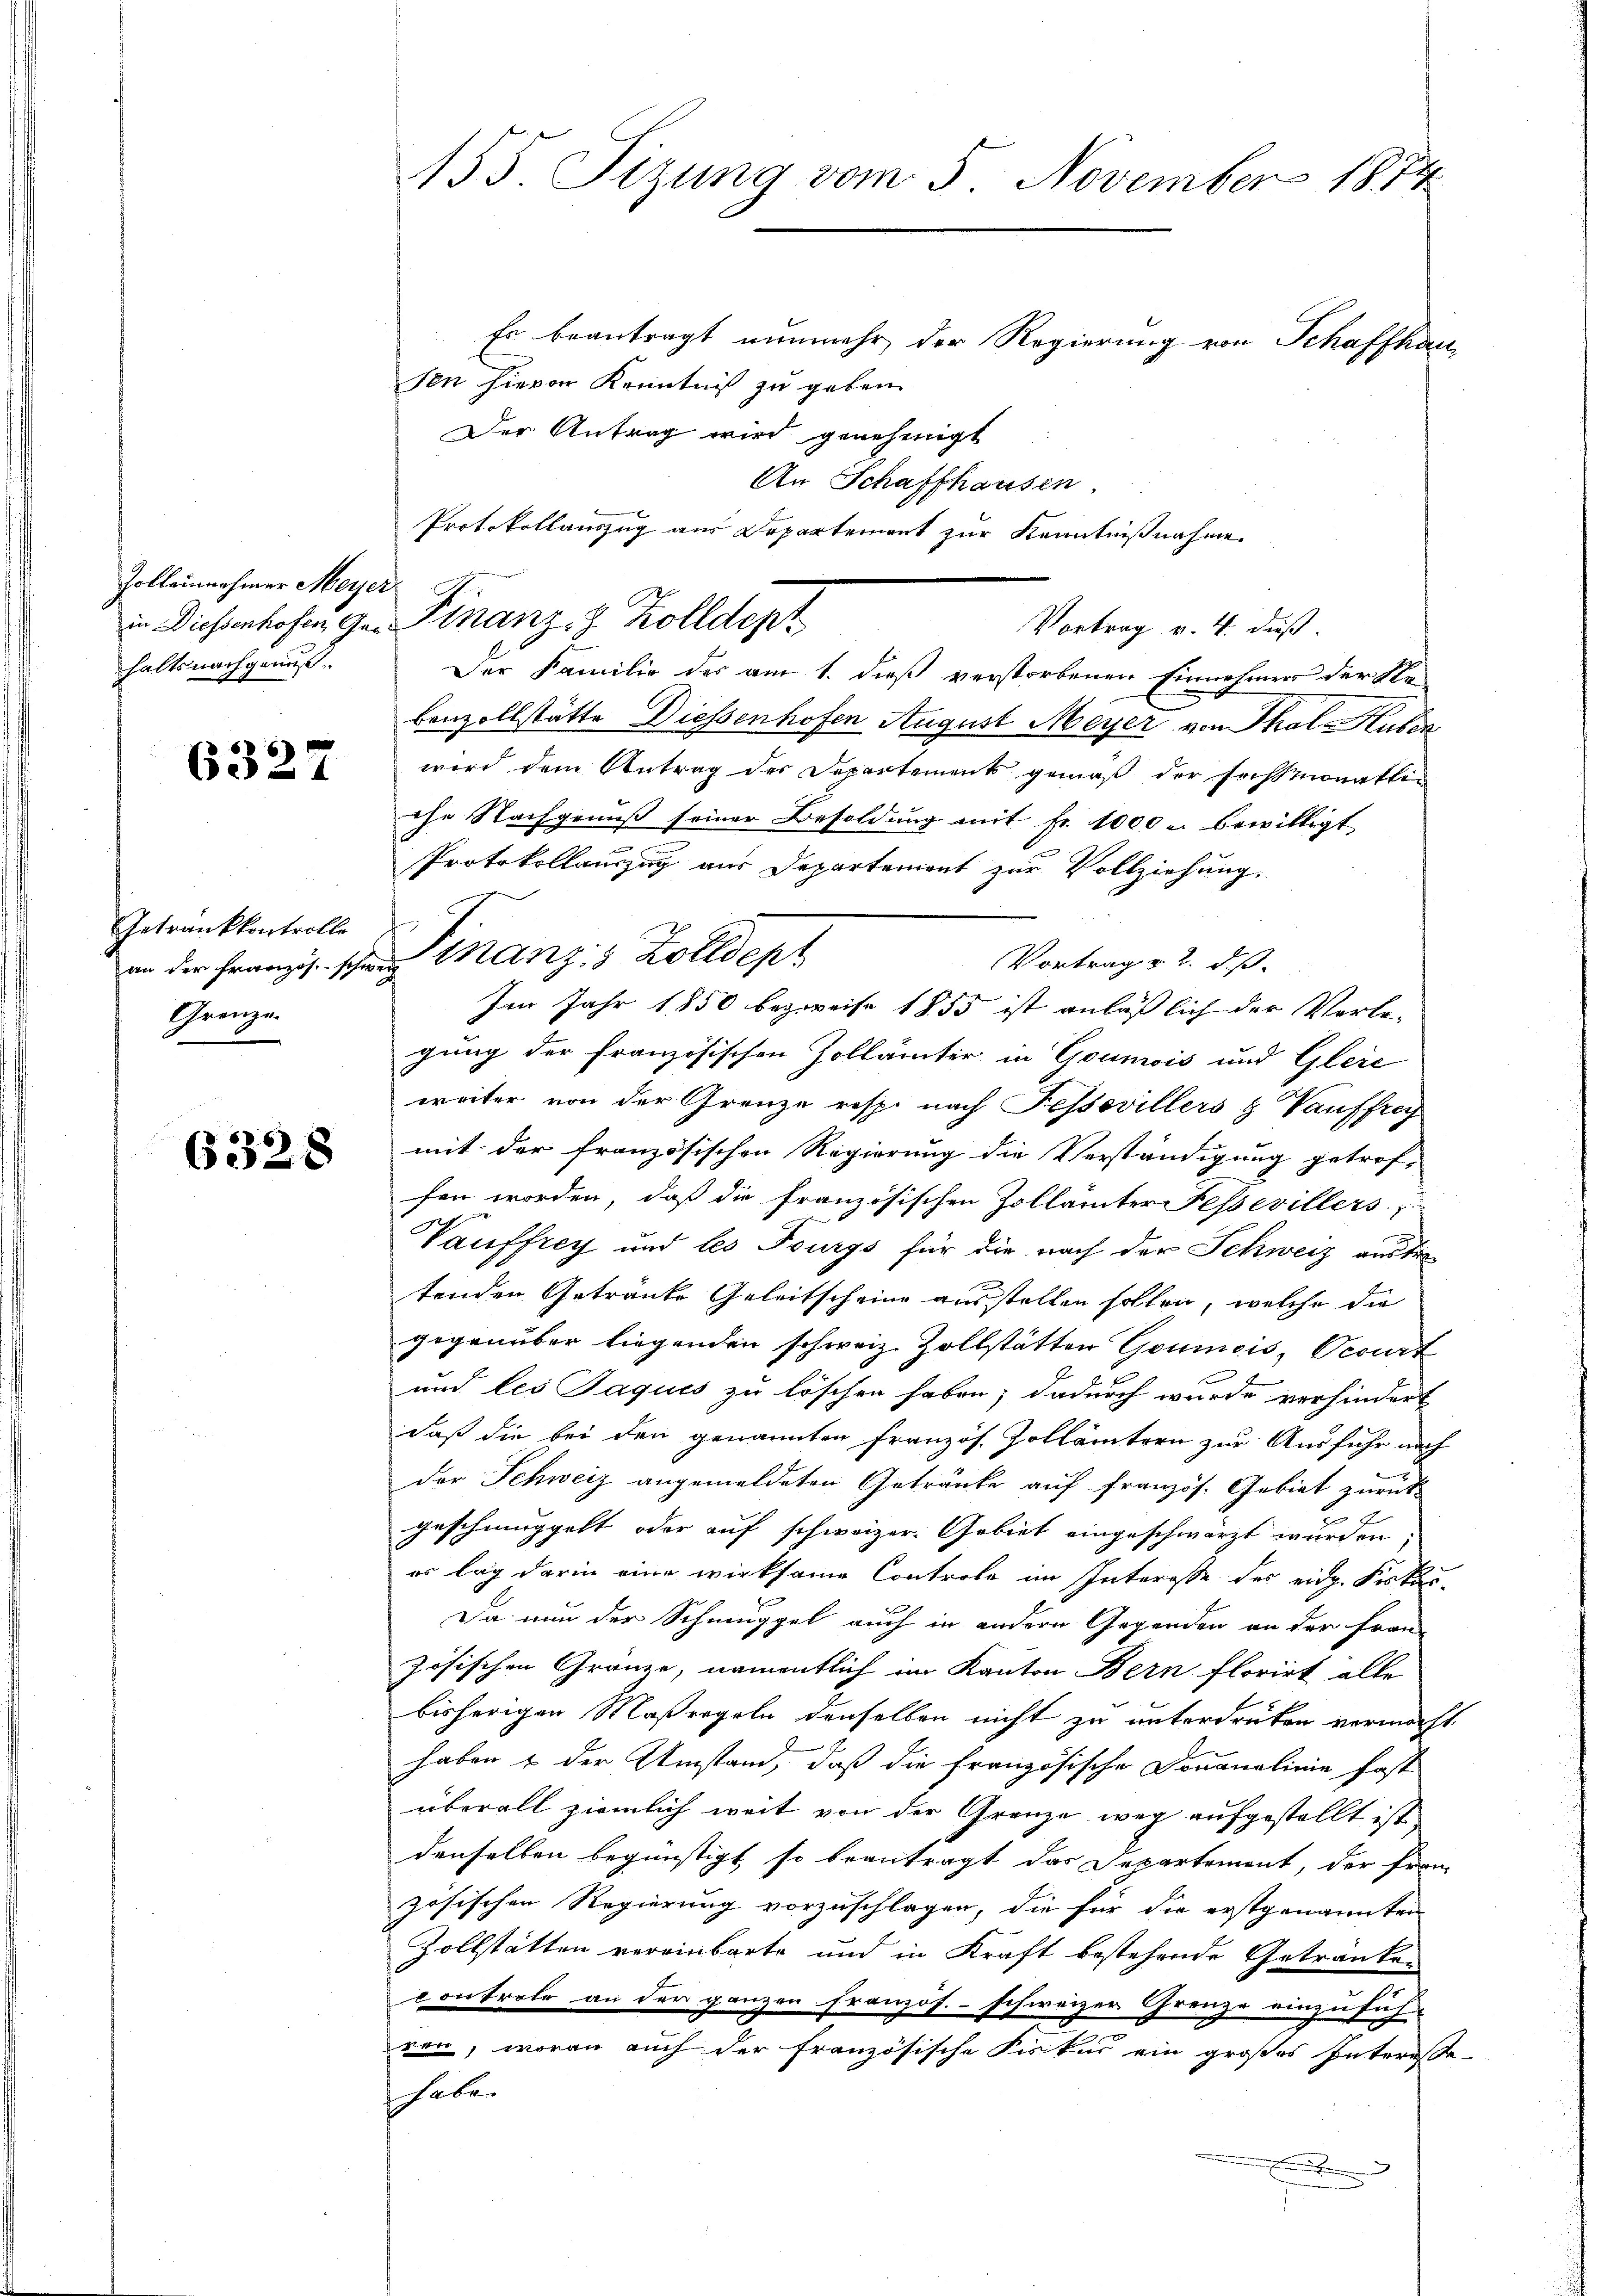
Zollenehmer Meyer
halts nachgenuß.

6327

Getrankkontrolle
an der Französ. schw.
Grenze

6328

155 Sizung vom 5. November 1874

Es beantragt nunmehr der Regierung von Schaffhau
sen hievon Kenntniß zu geben.
Der Antrag wird genehmigt
An Schaffhausen.
Protokollauszug aus Departement zur Kenntnißnahme.
Vortrag v. 4. dieß.
Der Familie des am 1. daß verstorbenen Einnehmens der Se-
benzollstätte Diessenhofen August Meyer von Thal-Kutin
wird dem Antrag der Departements gemäß der Fristmonatlin
che Nachgenuß seiner Besoldung mit Fr. 1000 u. bewilligt
Protokollauszug aus Departement zur Vollziehung.
Finanz, 5 Zolldept
Vortrag v. 2. ds.
Im Jahr 1850 bezweife 1855 ist anläßlich der Verle-
gung der französischen Zollämter in Gounis und Gleic
weiter von der Grenze resp. nach Fessevillers & Tauffrey
mit der französischen Regierung die Verständigung getrof-
fen worden, daß die französischen Zollämter Fessevillers
Vauffrey und les Fourgs für die nach der Schweiz austre
n
tenden Getränke Geleitscheine ausstellen sollen, welche die
gegenüber liegenden schweiz. Zollstätten Goumois, Ocert
2
und les Jaques zu löschen haben; dadurch wurde verhindert
daß die bei den genannten Französ. Zollämtern zur Ausfuhr nach
der Schweiz angemeldeten Getränke auf französ. Gebiet zurück

geschmuggelt oder auf schweizer. Gebiet eingeschwärzt wurden
es lag darin eine wirksame Controle im Interesse des eidg. Fiskas¬
Da nun der Schmuggel auch in andern Gegenden an der Franz
zösischen Gränze, namentlich im Kanton Bern florirt alle
bisherigen Maßregeln denselben nicht zu unterdrücken vermacht.
haben & der Umstand, daß die französische Douanalinie fast
überall ziemlich weit von der Grenze weg aufgestellt ist,
denselben begünstigt, so beantragt das Departement, der Franz
zösischen Regierung vorzuschlagen, die für die erstgenannten
Zollstätten vereinbarte und in Kraft bestehende Getranken
controle an der ganzen französ. - schweizer Grenze einzufüh-
ren, woran auch der französische Fiskus ein großes Interesse
haben
.

in Diessenhofen Ges. Finanz- z. Kolldept